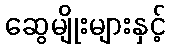
ဆွေမျိုးများနှင့်